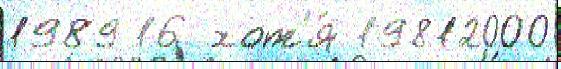
1989 16 хот'я́ 19812000